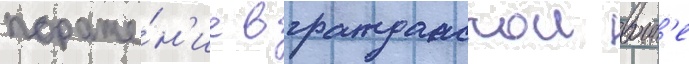
пораже́н'ие в гражданскои воин'е